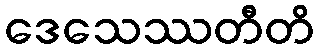
ဒေသေဿတီတိ